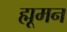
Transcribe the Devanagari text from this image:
ह्मूमन